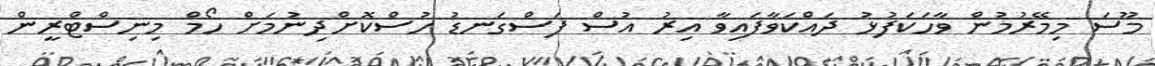
މޫސަ މިމޭރުމުން ވާހަކަފުޅު ދައްކަވާފައިވާ އިރު އުސް ފަސްގަނޑު ހުސްކޮށްދިނުމަށް ހޯމް މިނިސްޓްރީން